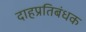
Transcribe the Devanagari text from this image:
दाहप्रतिबंधक